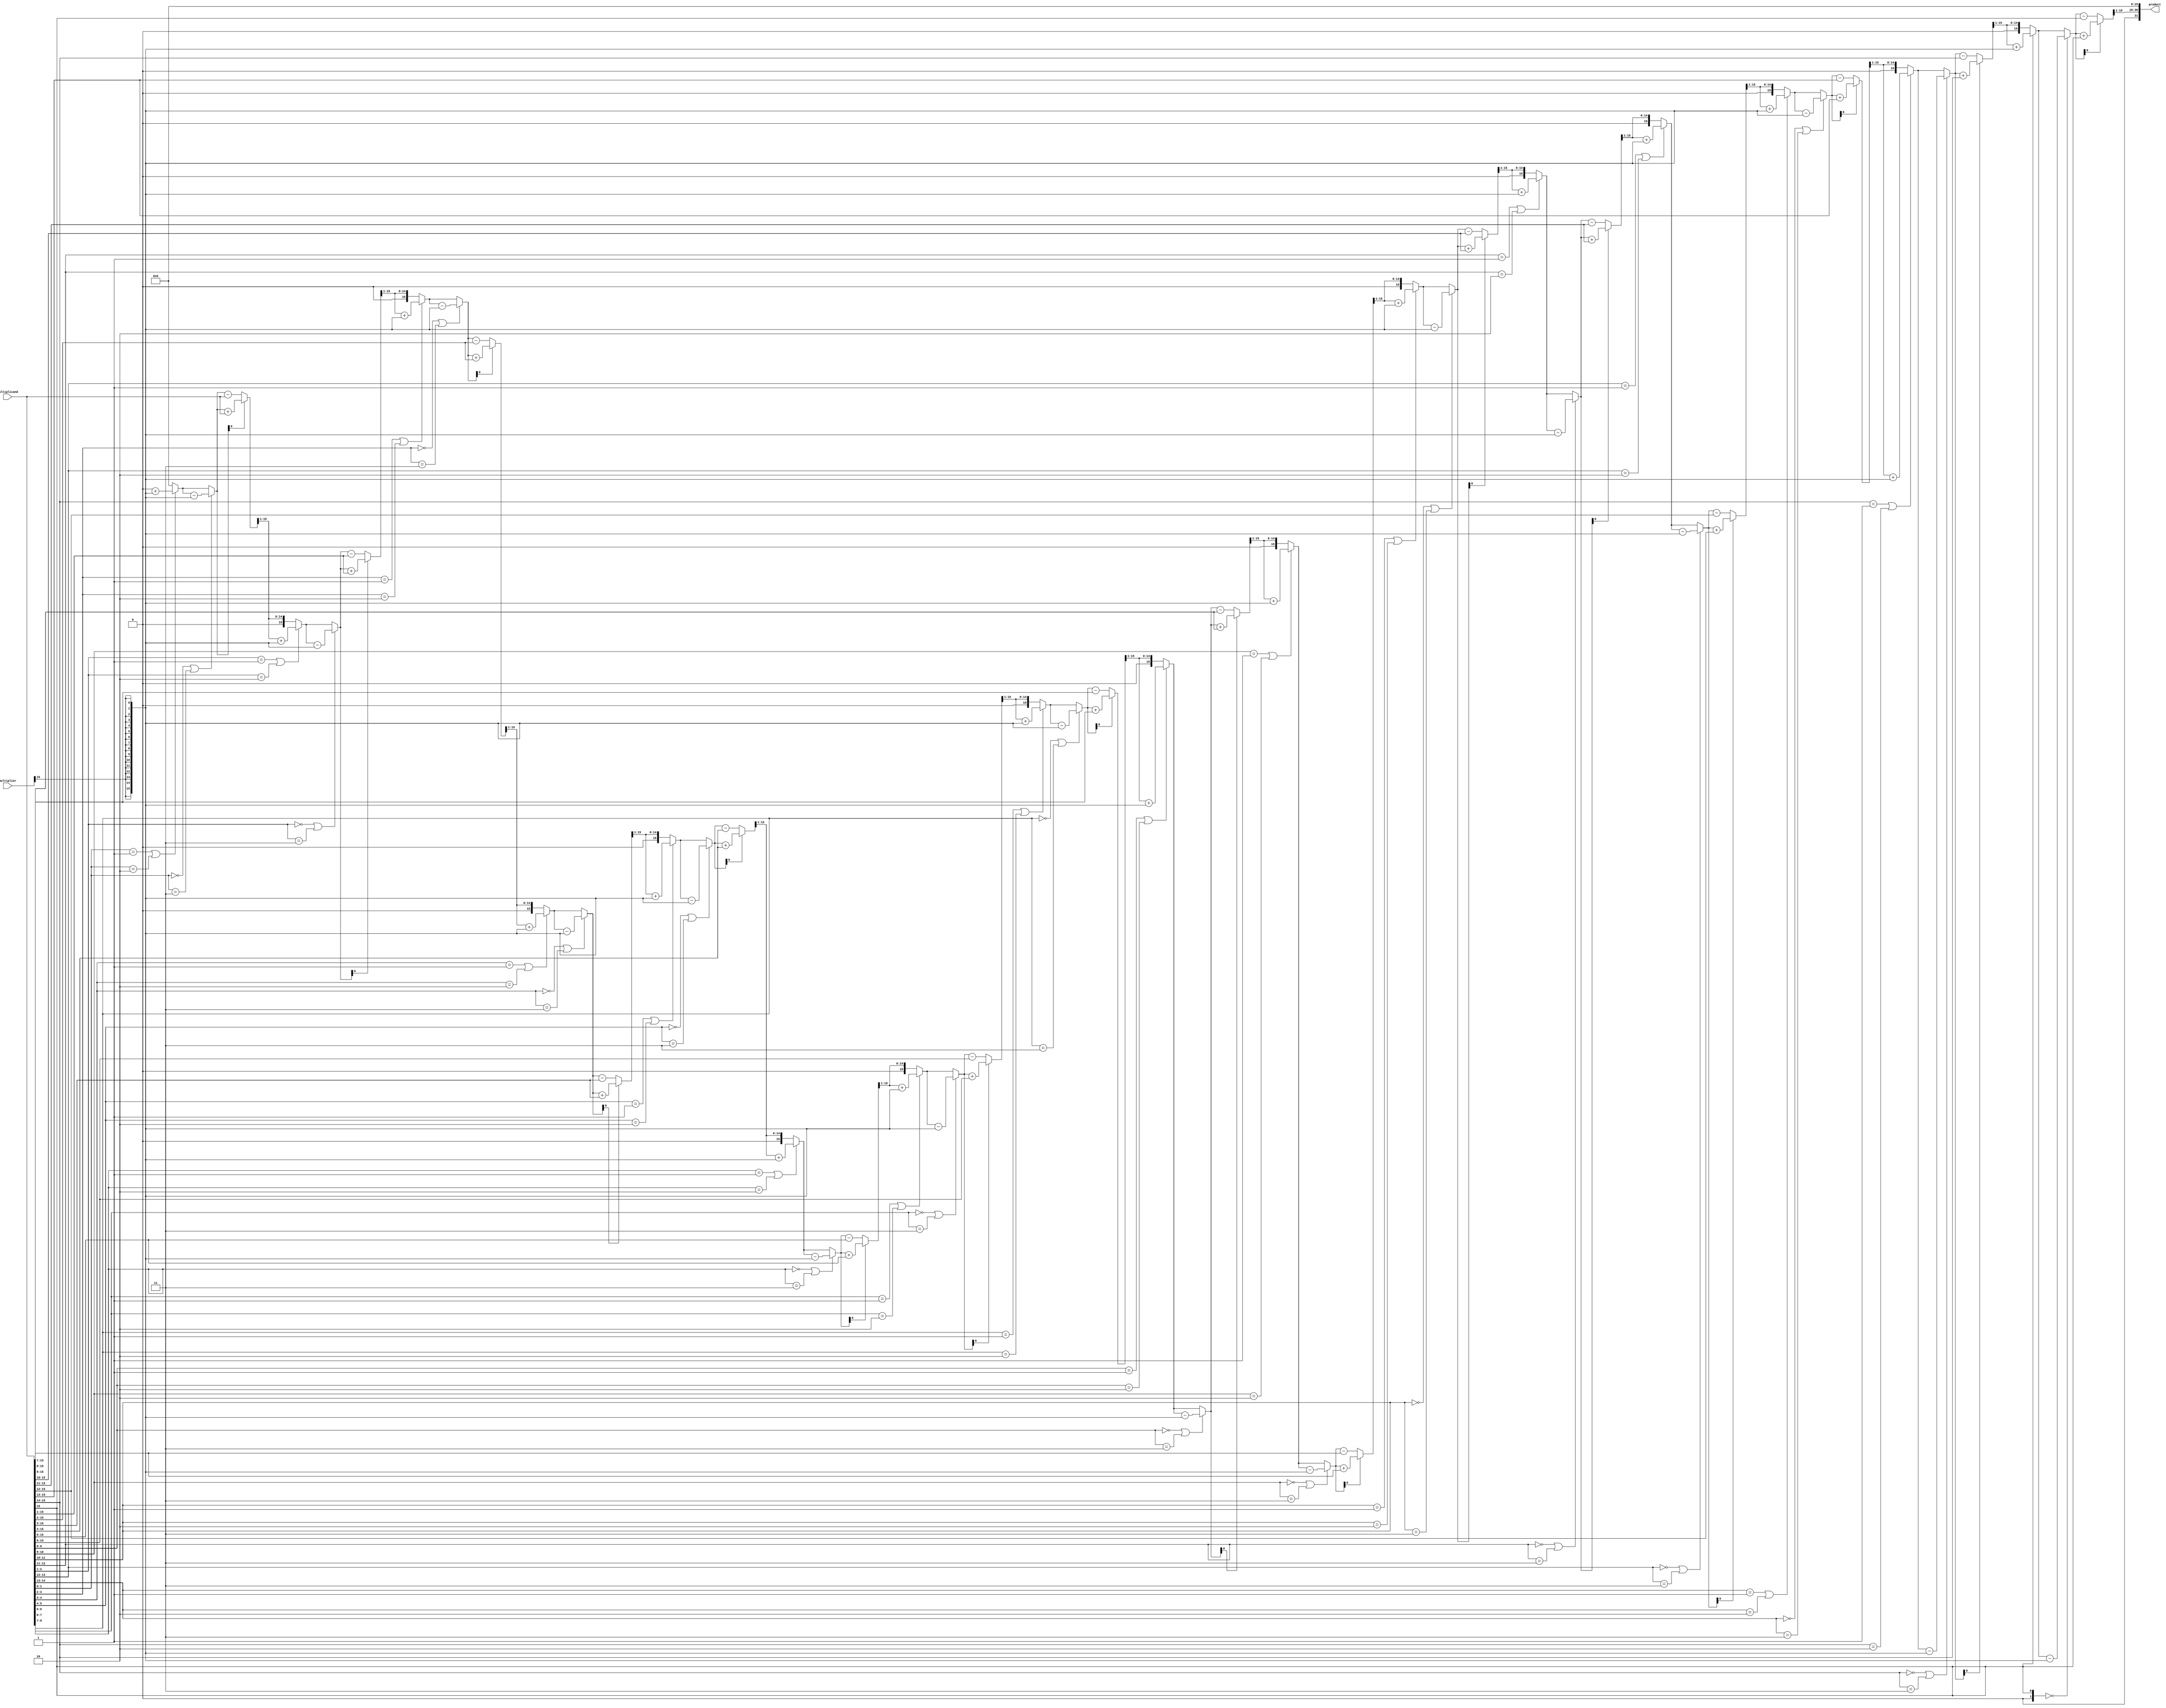
module booth_multiplier (
    input [15:0] multiplier,
    input [15:0] multiplicand,
    output reg [31:0] product
);

reg [15:0] a, s, p;
reg [3:0] count;

always @(*) begin
    a = {16{multiplier[15]}};
    s = multiplicand;

    count = 4'b1111;

    p = 16'b0;

    repeat (16) begin
        if((s[1:0]==2'b01) || (s[1:0]==2'b10)) begin
            p = p + a;
        end
        if((s[1:0]==2'b00) || (s[1:0]==2'b11)) begin
            p = p - a;
        end

        if(p[0]==1) begin
            p = p + s;
        end
        else begin
            p = p - s;
        end

        p = p >> 1;
        s = s >> 1;
    end

    product = {p, s};
end

endmodule